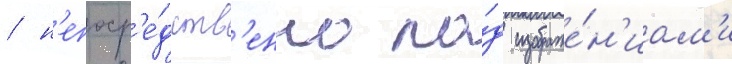
/ н'епоср'е́дств'енно по́д изображе́н'иам'и